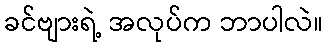
ခင်ဗျားရဲ့ အလုပ်က ဘာပါလဲ။